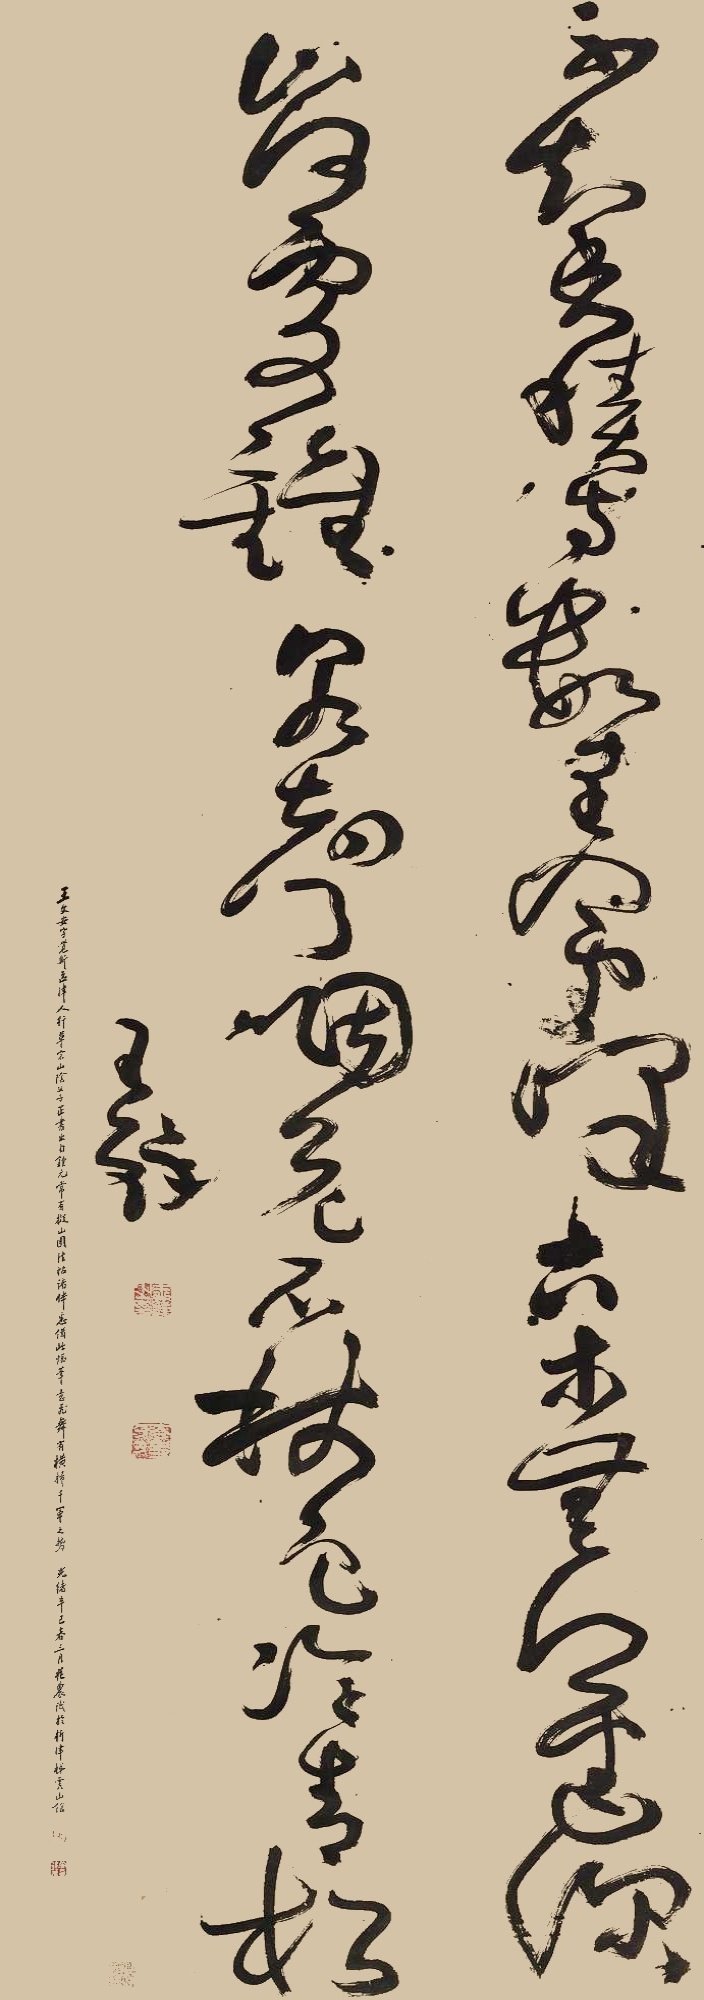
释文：不知香积寺，数里入云峰。古木无人径，深山何处钟。泉声咽危石，树色冷青松。王铎。